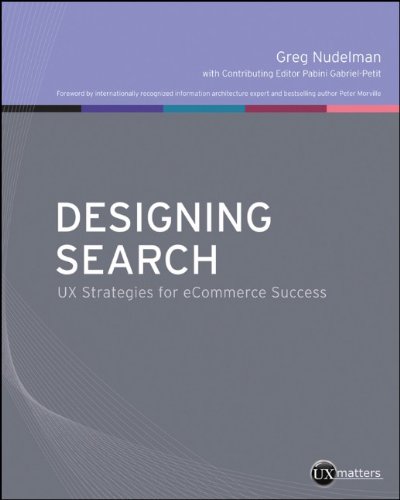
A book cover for Designing Search: UX Strategies for eCommerce Success; Greg Nudelman; Computers & Technology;